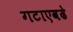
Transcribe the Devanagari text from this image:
गटाएवढे